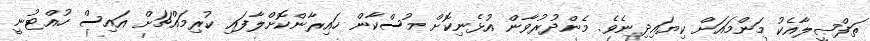
ތަފްޞީލާއެކު މަންމައަށް ކިޔައިދިނެވެ. މެންދުރުވާން އުޅެނިކޮށް މުސްކާން ހައިރާންކޮށްލާފައި ކުރިމައްޗަށް އައިސް ހުއްޓުނީ